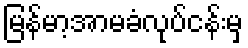
မြန်မာ့အာမခံလုပ်ငန်းမှ